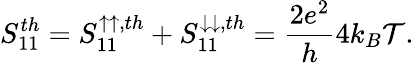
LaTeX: {S_{11}^{th}=S_{11}^{\uparrow\uparrow,th}+S_{11}^{\downarrow\downarrow,th}=\frac{2e^{2}}{h}4k_{B}\mathcal{T}}.